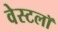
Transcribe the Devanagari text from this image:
वेस्टलॉ